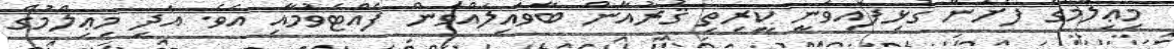
މިޢިލްމުގެ ފެށުން ގުޅިފައިވަނީ ކީރިތި ޤުރުއާން ބާވައިލައްވަން ފެއްޓެވުމާއި އެވެ. އަދި މިޢިލްމުގެ